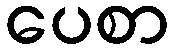
ပေစာ